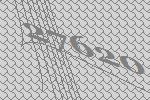
27620